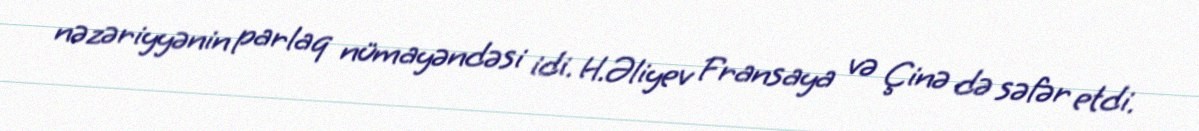
nəzəriyyənin parlaq nümayəndəsi idi. H.Əliyev Fransaya və Çinə də səfər etdi.